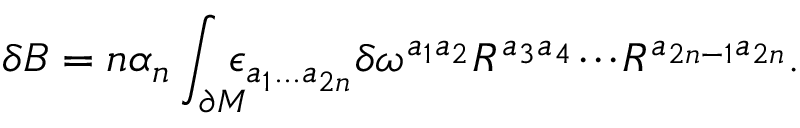
\delta B = n \alpha _ { n } \int _ { \partial { \cal M } } \! \! \! \! \epsilon _ { a _ { 1 } . . . a _ { 2 n } } \delta \omega ^ { a _ { 1 } a _ { 2 } } R ^ { a _ { 3 } a _ { 4 } } \! \cdot \! \cdot \! \cdot \! R ^ { a _ { 2 n - 1 } a _ { 2 n } } .